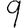
Digit: 9